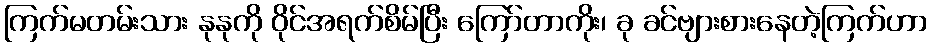
ကြက်မတမ်းသား နုနုကို ဝိုင်အရက်စိမ်ပြီး ကြော်တာကိုး၊ ခု ခင်ဗျားစားနေတဲ့ကြက်ဟာ